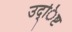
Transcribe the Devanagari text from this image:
उद्िष्ट